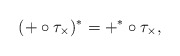
\begin{align*} (+ \circ \tau_{\times})^{*} = +^{*} \circ \tau_{\times}, \end{align*}